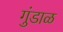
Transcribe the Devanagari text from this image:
गुंडाळ